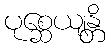
ပုစ္ဆေယျန္တိ